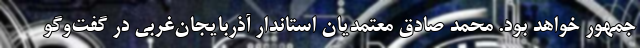
جمهور خواهد بود. محمد صادق معتمدیان استاندار آذربایجان‌غربی در گفت‌وگو